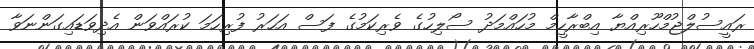
ރައީސުލްޖުމްހޫރިއްޔާ އިބްރާހީމް މުހައްމަދު ސޯލިހުގެ ވެރިކަމުގެ ފަސް އަހަރު ފުރިހަމަ ކުރައްވަން އެދިވަޑައިގަންނަވާ